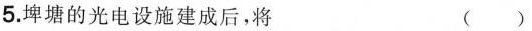
5.埤塘的光电设施建成后，将 ( )